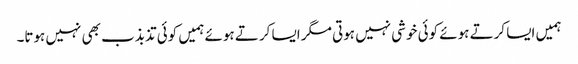
ہمیں ایسا کرتے ہوئے کوئی خوشی نہیں ہوتی مگر ایسا کرتے ہوئے ہمیں کوئی تذبذب بھی نہیں ہوتا۔